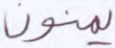
يمنون